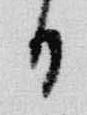
日